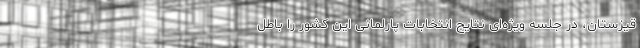
قیزستان، در جلسه ویژه‌ای نتایج انتخابات پارلمانی این کشور را باطل